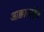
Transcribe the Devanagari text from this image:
आक्कासाहेब